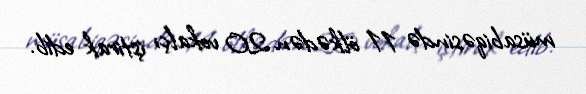
müsabiqəsində 11 ölkədən 20 vokalçı iştirak edib.